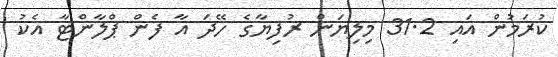
ކުރަމުން އައި 31.2 މިލިޔަން ރުފިޔާގެ ހޭދަ އާ ފެން ޕްލާންޓާ އެކު